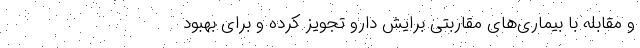
و مقابله با بیماری‌های مقاربتی برایش دارو تجویز کرده و برای بهبود